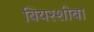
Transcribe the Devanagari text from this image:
बियरशीबा